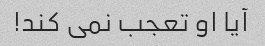
آیا او تعجب نمی کند!